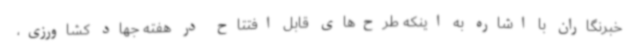
خبرنگاران با اشاره به اینکه طرح‌های قابل افتتاح در هفته جهاد کشاورزی،